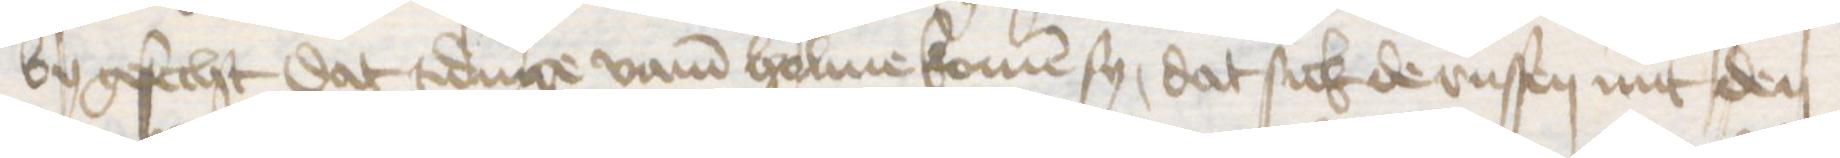
by gesecht dat tidinge vam Holme komen sy, dat sick de russen mit den